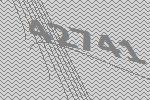
42741